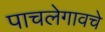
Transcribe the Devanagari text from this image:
पाचलेगावचे